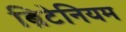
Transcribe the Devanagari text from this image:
ब्रिटेनियम